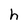
Character: h